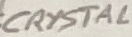
Text: CRYSTAL